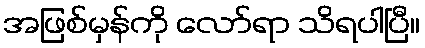
အဖြစ်မှန်ကို လော်ရာ သိရပါပြီ။